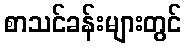
စာသင်ခန်းများတွင်